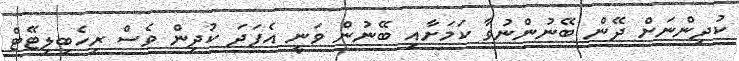
ކުދިންނަށް ދޭން ބޭނުންނުވާ ކަމަށާއި ބޭނުން ވަނީ އެފަދަ ކުދިން ވެސް ރިހެބިލިޓޭޓް